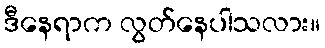
ဒီနေရာက လွတ်နေပါသလား။